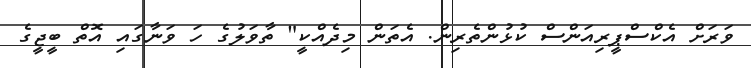
ވަރަށް އެކްސްޕީރިއަންސް ކުޅުންތެރިން. އެތަން މިދެއްކީ" ތާވަލުގެ ހަ ވަނާގައި އޮތް ބީޖީގެ